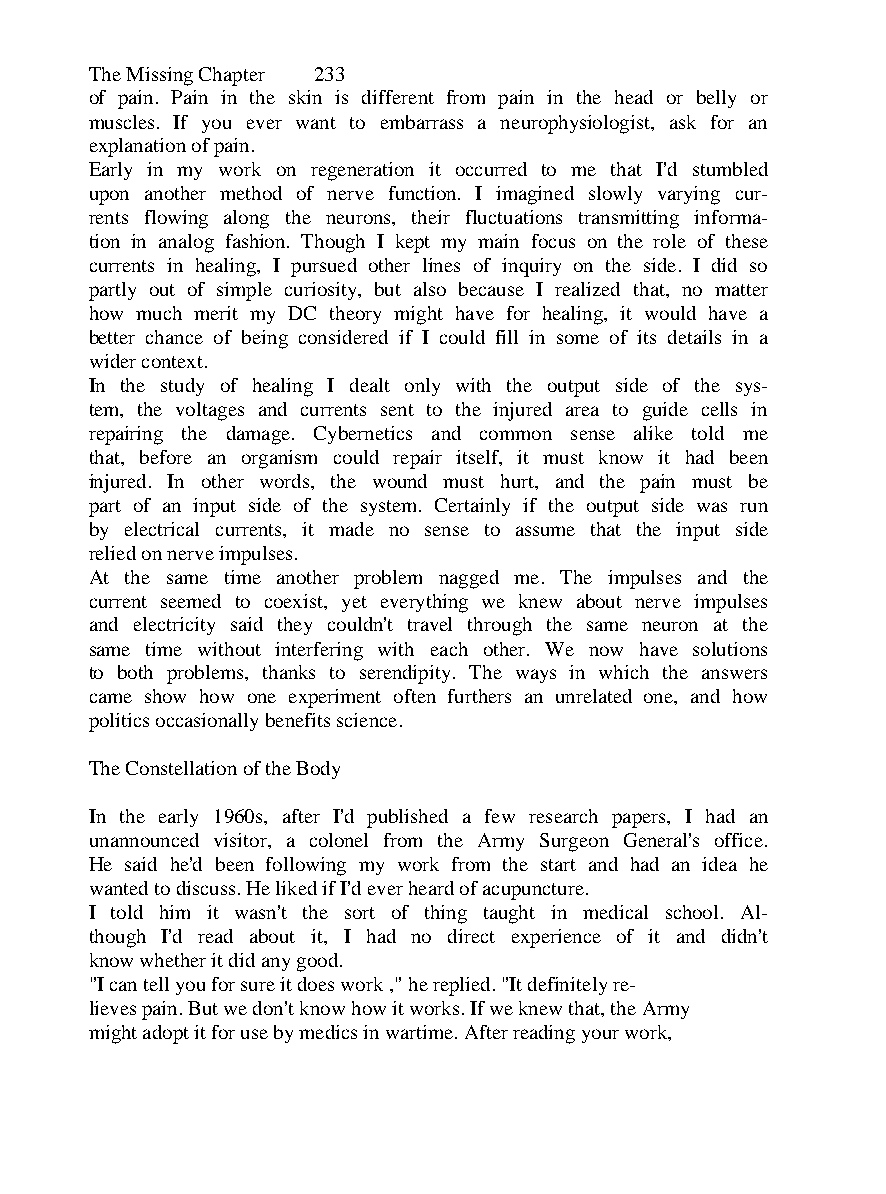
The Missing Chapter 233
 of pain. Pain in the skin is different from pain in the head or belly or
 muscles. If you ever want to embarrass a neurophysiologist, ask for an
 explanation of pain.
 Early in my work on regeneration it occurred to me that I'd stumbled
 upon another method of nerve function. I imagined slowly varying cur-
 rents flowing along the neurons, their fluctuations transmitting informa-
 tion in analog fashion. Though I kept my main focus on the role of these
 currents in healing, I pursued other lines of inquiry on the side. I did so
 partly out of simple curiosity, but also because I realized that, no matter
 how much merit my DC theory might have for healing, it would have a
 better chance of being considered if I could fill in some of its details in a
 wider context.
 In the study of healing I dealt only with the output side of the sys-
 tem, the voltages and currents sent to the injured area to guide cells in
 repairing the damage. Cybernetics and common sense alike told me
 that, before an organism could repair itself, it must know it had been
 injured. In other words, the wound must hurt, and the pain must be
 part of an input side of the system. Certainly if the output side was run
 by electrical currents, it made no sense to assume that the input side
 relied on nerve impulses.
 At the same time another problem nagged me. The impulses and the
 current seemed to coexist, yet everything we knew about nerve impulses
 and electricity said they couldn't travel through the same neuron at the
 same time without interfering with each other. We now have solutions
 to both problems, thanks to serendipity. The ways in which the answers
 came show how one experiment often furthers an unrelated one, and how
 politics occasionally benefits science.
 The Constellation of the Body
 In the early 1960s, after I'd published a few research papers, I had an
 unannounced visitor, a colonel from the Army Surgeon General's office.
 He said he'd been following my work from the start and had an idea he
 wanted to discuss. He liked if I'd ever heard of acupuncture.
 I told him it wasn't the sort of thing taught in medical school. Al-
 though I'd read about it, I had no direct experience of it and didn't
 know whether it did any good.
 "I can tell you for sure it does work ," he replied. "It definitely re-
 lieves pain. But we don't know how it works. If we knew that, the Army
 might adopt it for use by medics in wartime. After reading your work,